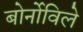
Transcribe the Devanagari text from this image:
बोर्नोविले